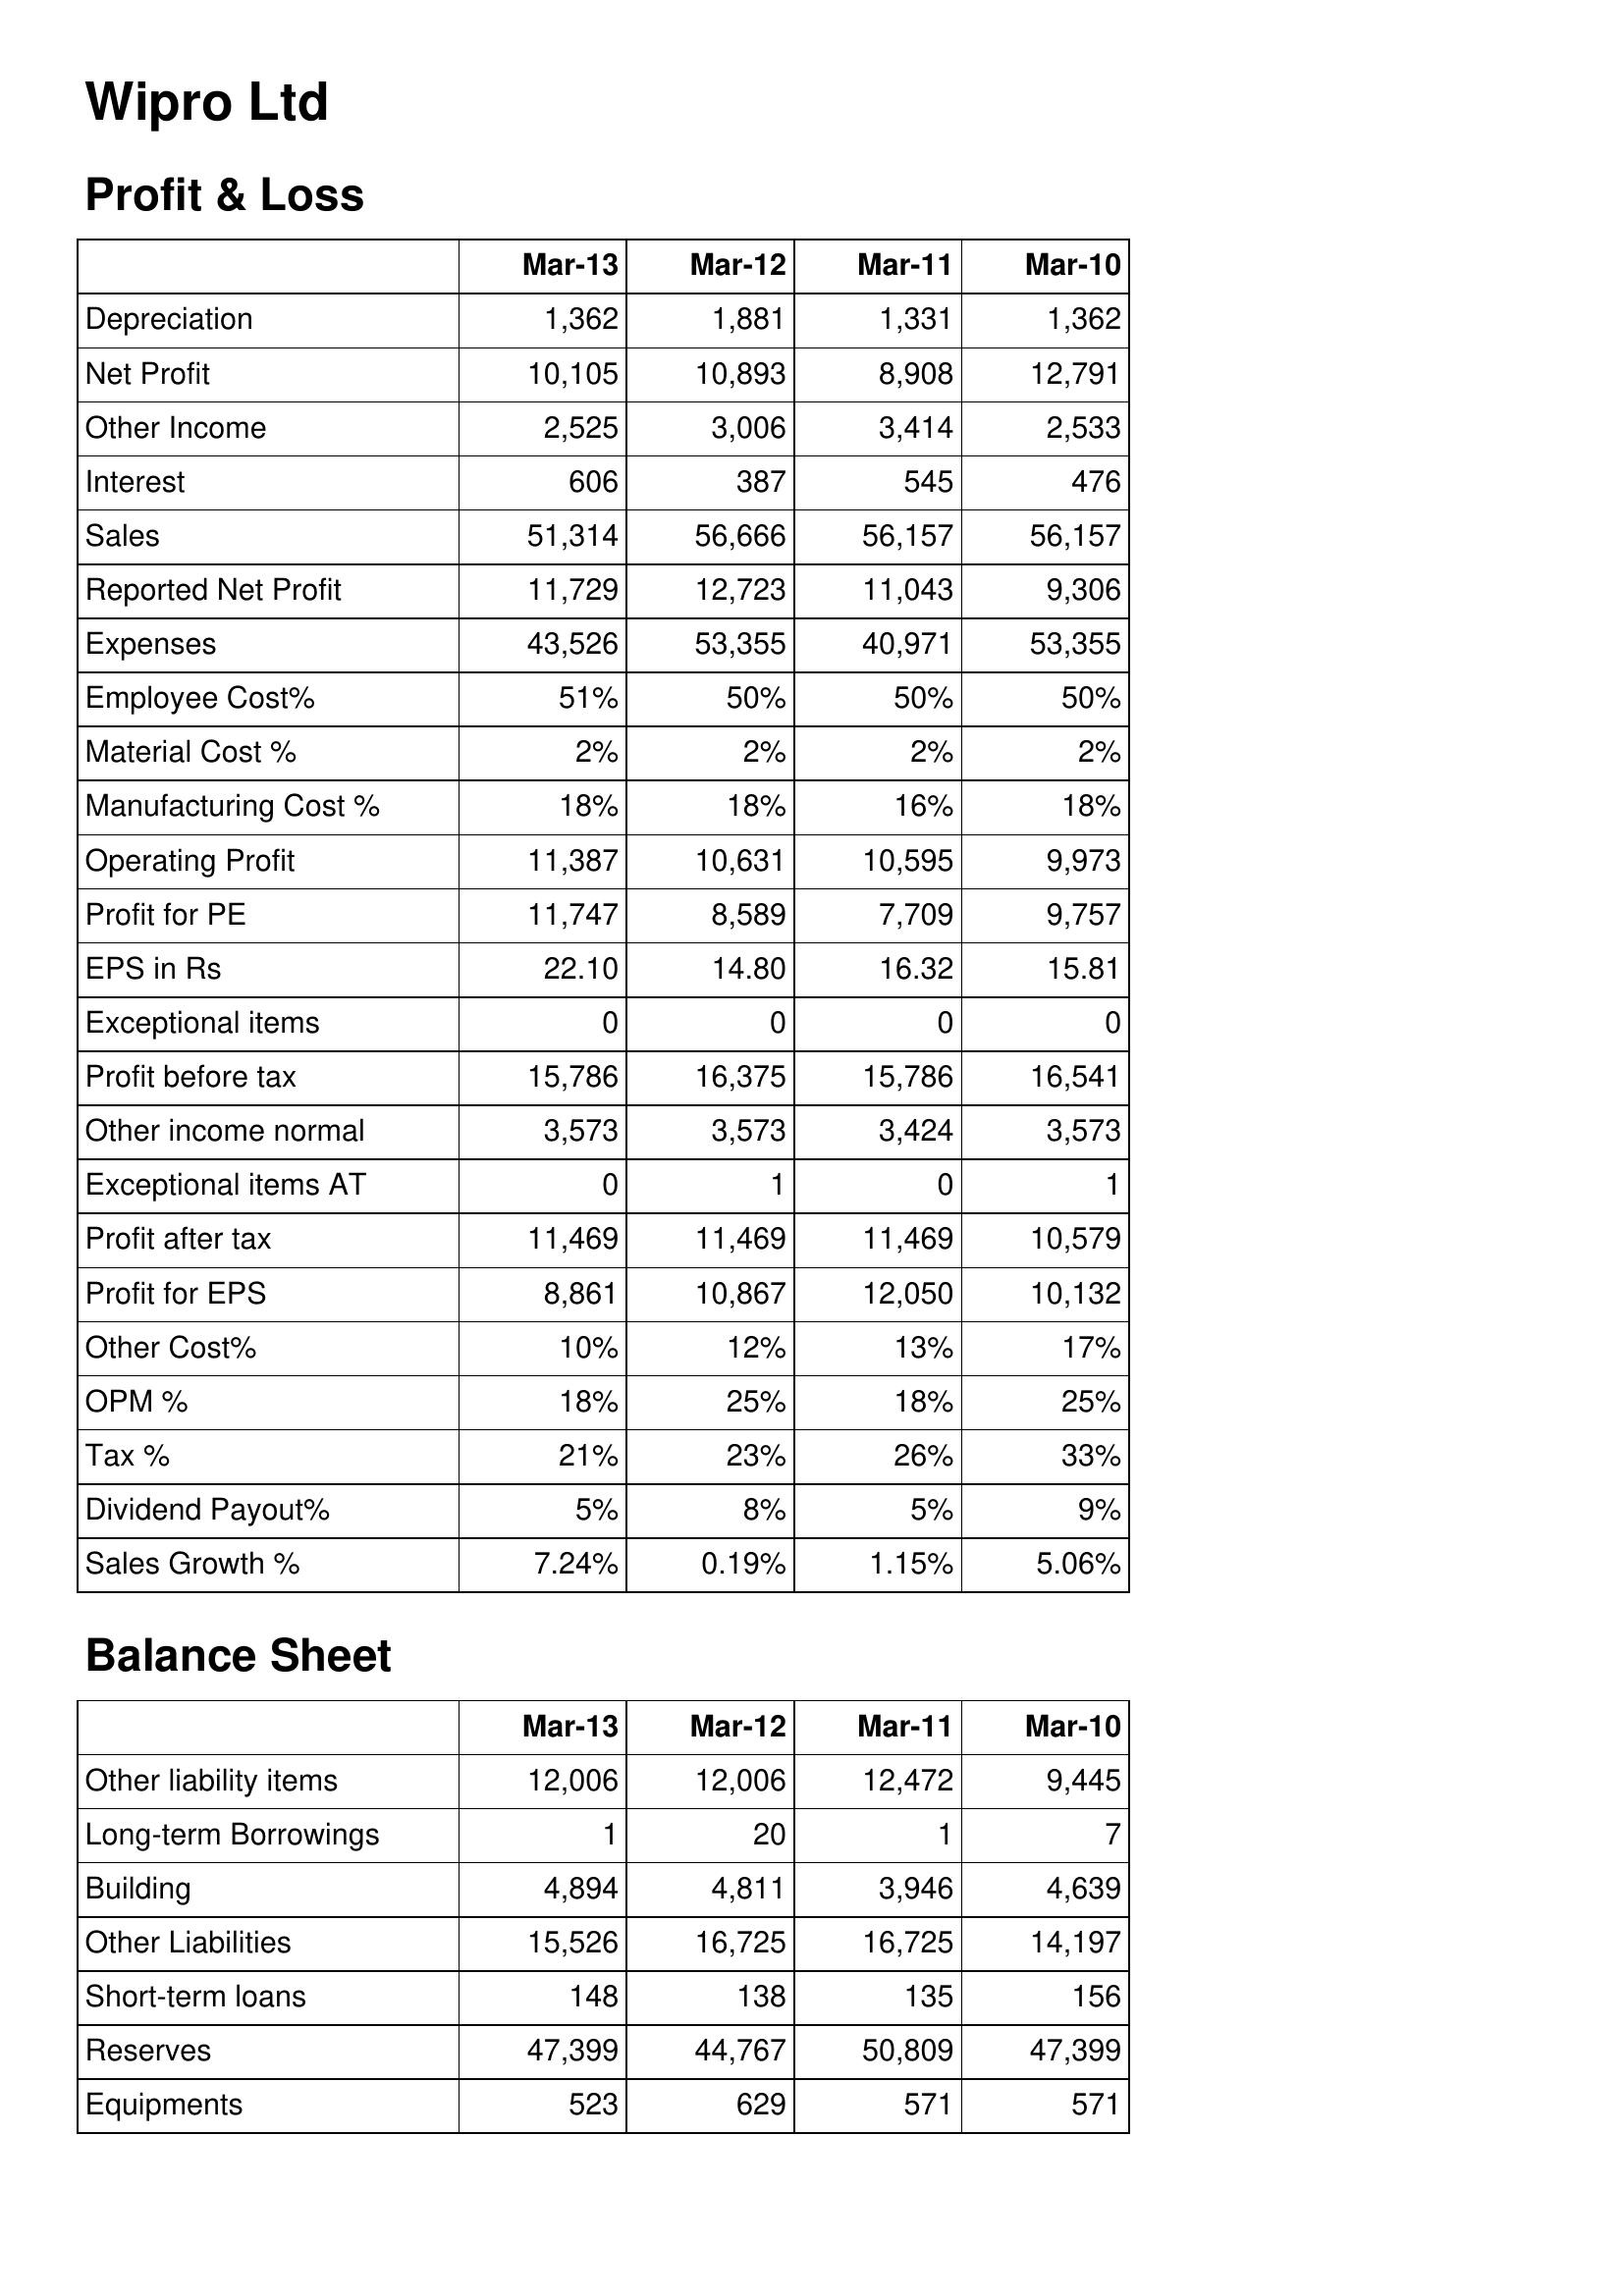
Mar-13: Profit & Loss: Depreciation: 1,362
Net Profit: 10,105
Other Income: 2,525
Interest: 606
Sales: 51,314
Reported Net Profit: 11,729
Expenses: 43,526
Employee Cost%: 51%
Material Cost %: 2%
Manufacturing Cost %: 18%
Operating Profit: 11,387
Profit for PE: 11,747
EPS in Rs: 22.10
Exceptional items: 0
Profit before tax: 15,786
Other income normal: 3,573
Exceptional items AT: 0
Profit after tax: 11,469
Profit for EPS: 8,861
Other Cost%: 10%
OPM %: 18%
Tax %: 21%
Dividend Payout%: 5%
Sales Growth %: 7.24%
Balance Sheet: Other liability items: 12,006
Long-term Borrowings: 1
Building: 4,894
Other Liabilities: 15,526
Short-term loans: 148
Reserves: 47,399
Equipments: 523
Mar-12: Profit & Loss: Depreciation: 1,881
Net Profit: 10,893
Other Income: 3,006
Interest: 387
Sales: 56,666
Reported Net Profit: 12,723
Expenses: 53,355
Employee Cost%: 50%
Material Cost %: 2%
Manufacturing Cost %: 18%
Operating Profit: 10,631
Profit for PE: 8,589
EPS in Rs: 14.80
Exceptional items: 0
Profit before tax: 16,375
Other income normal: 3,573
Exceptional items AT: 1
Profit after tax: 11,469
Profit for EPS: 10,867
Other Cost%: 12%
OPM %: 25%
Tax %: 23%
Dividend Payout%: 8%
Sales Growth %: 0.19%
Balance Sheet: Other liability items: 12,006
Long-term Borrowings: 20
Building: 4,811
Other Liabilities: 16,725
Short-term loans: 138
Reserves: 44,767
Equipments: 629
Mar-11: Profit & Loss: Depreciation: 1,331
Net Profit: 8,908
Other Income: 3,414
Interest: 545
Sales: 56,157
Reported Net Profit: 11,043
Expenses: 40,971
Employee Cost%: 50%
Material Cost %: 2%
Manufacturing Cost %: 16%
Operating Profit: 10,595
Profit for PE: 7,709
EPS in Rs: 16.32
Exceptional items: 0
Profit before tax: 15,786
Other income normal: 3,424
Exceptional items AT: 0
Profit after tax: 11,469
Profit for EPS: 12,050
Other Cost%: 13%
OPM %: 18%
Tax %: 26%
Dividend Payout%: 5%
Sales Growth %: 1.15%
Balance Sheet: Other liability items: 12,472
Long-term Borrowings: 1
Building: 3,946
Other Liabilities: 16,725
Short-term loans: 135
Reserves: 50,809
Equipments: 571
Mar-10: Profit & Loss: Depreciation: 1,362
Net Profit: 12,791
Other Income: 2,533
Interest: 476
Sales: 56,157
Reported Net Profit: 9,306
Expenses: 53,355
Employee Cost%: 50%
Material Cost %: 2%
Manufacturing Cost %: 18%
Operating Profit: 9,973
Profit for PE: 9,757
EPS in Rs: 15.81
Exceptional items: 0
Profit before tax: 16,541
Other income normal: 3,573
Exceptional items AT: 1
Profit after tax: 10,579
Profit for EPS: 10,132
Other Cost%: 17%
OPM %: 25%
Tax %: 33%
Dividend Payout%: 9%
Sales Growth %: 5.06%
Balance Sheet: Other liability items: 9,445
Long-term Borrowings: 7
Building: 4,639
Other Liabilities: 14,197
Short-term loans: 156
Reserves: 47,399
Equipments: 571